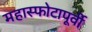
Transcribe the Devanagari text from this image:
महास्फोटापूर्वी